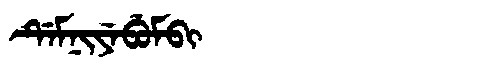
Manchu: ᡩᡝᠮᠨᡳᠶᡝᠪᡠᠮᠪᡳ
Romanization: DEMNIYEBUMBI